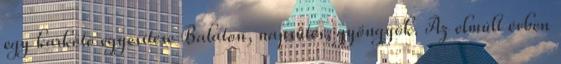
egy karkötő egyesítése Balaton, napsütés, gyöngyök. Az elmúlt évben